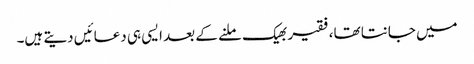
میں جانتا تھا،فقیر بھیک ملنے کے بعد ایسی ہی دعائیں دیتے ہیں۔